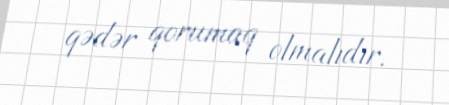
qədər qorumaq olmalıdır.